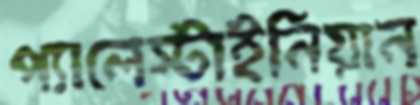
প্যালেস্টাইনিয়ান